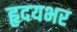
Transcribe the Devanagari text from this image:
हृदयभर